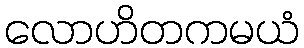
လောဟိတကမယံ